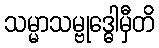
သမ္မာသမ္ဗုဒ္ဓေါမှီတိ